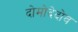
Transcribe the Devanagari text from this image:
दोमोदेदोव